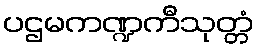
ပဌမကဏ္ဍကီသုတ္တံ